画像に写った文字を読んでください
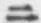
「ニ」と書いてあります